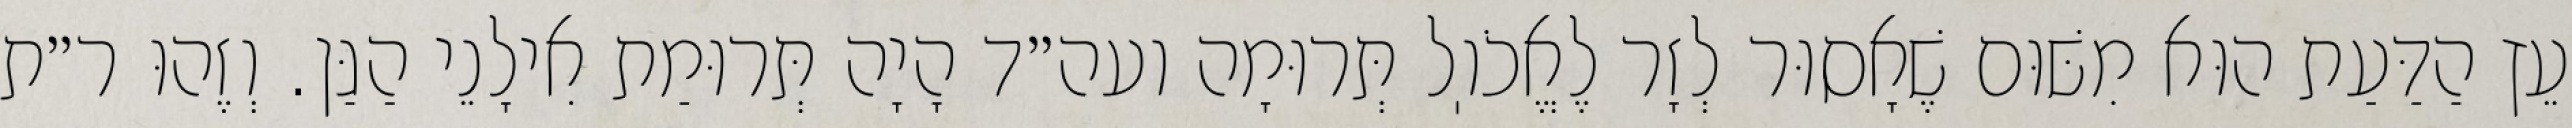
עֵץ הַדַּעַת הוּא מִשּׁוּם שֶׁאָסוּר לְזָר לֶאֱכֹוֽל תְּרוּמָה ועה״ד הָיָה תְּרוּמַת אִילָנֵי הַגַּן. וְזֶהוּ ר״ת